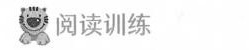
阅读训练